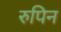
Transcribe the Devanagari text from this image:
रुपिन